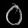
Digit: ၀